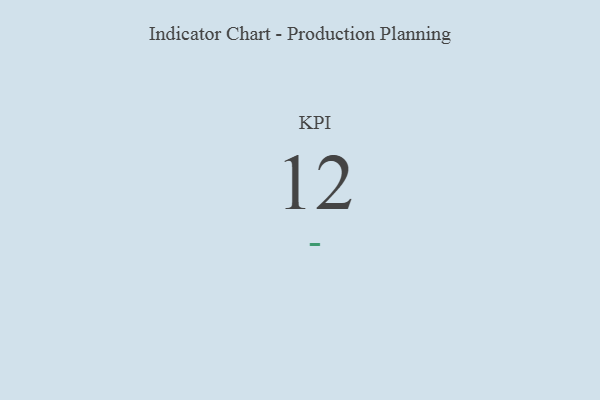
{"axis": {"x": "KPI", "y": "Value"}, "legend": [""], "data": [{"x": "KPI", "y": 12, "type": ""}]}